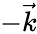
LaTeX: -\vec{k}